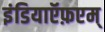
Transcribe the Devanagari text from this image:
इंडियाऍफ़एम्